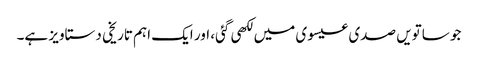
جو ساتویں صدی عیسوی میں لکھی گئی، اور ایک اہم تاریخی دستاویز ہے۔